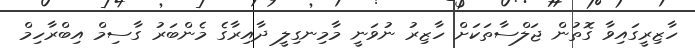
ހާޒިރީގައިވާ ގޮތުން ޖަލްސާތަކަށް ހާޒިރު ނުވަނީ މާމިނގިލީ ދާއިރާގެ މެންބަރު ގާސިމް އިބްރާހިމް